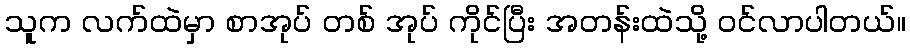
သူက လက်ထဲမှာ စာအုပ် တစ် အုပ် ကိုင်ပြီး အတန်းထဲသို့ ဝင်လာပါတယ်။